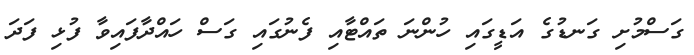
ގަސްމުށި ގަނޑުގެ އަޑީގައި ހުންނަ ތައްޓާއި ފެނުގައި ގަސް ހައްދާފައިވާ ފުޅި ފަދަ